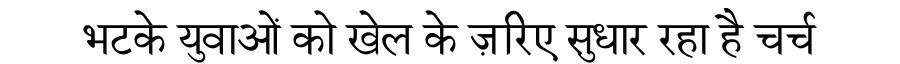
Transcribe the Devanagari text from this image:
भटके युवाओं को खेल के ज़रिए सुधार रहा है चर्च